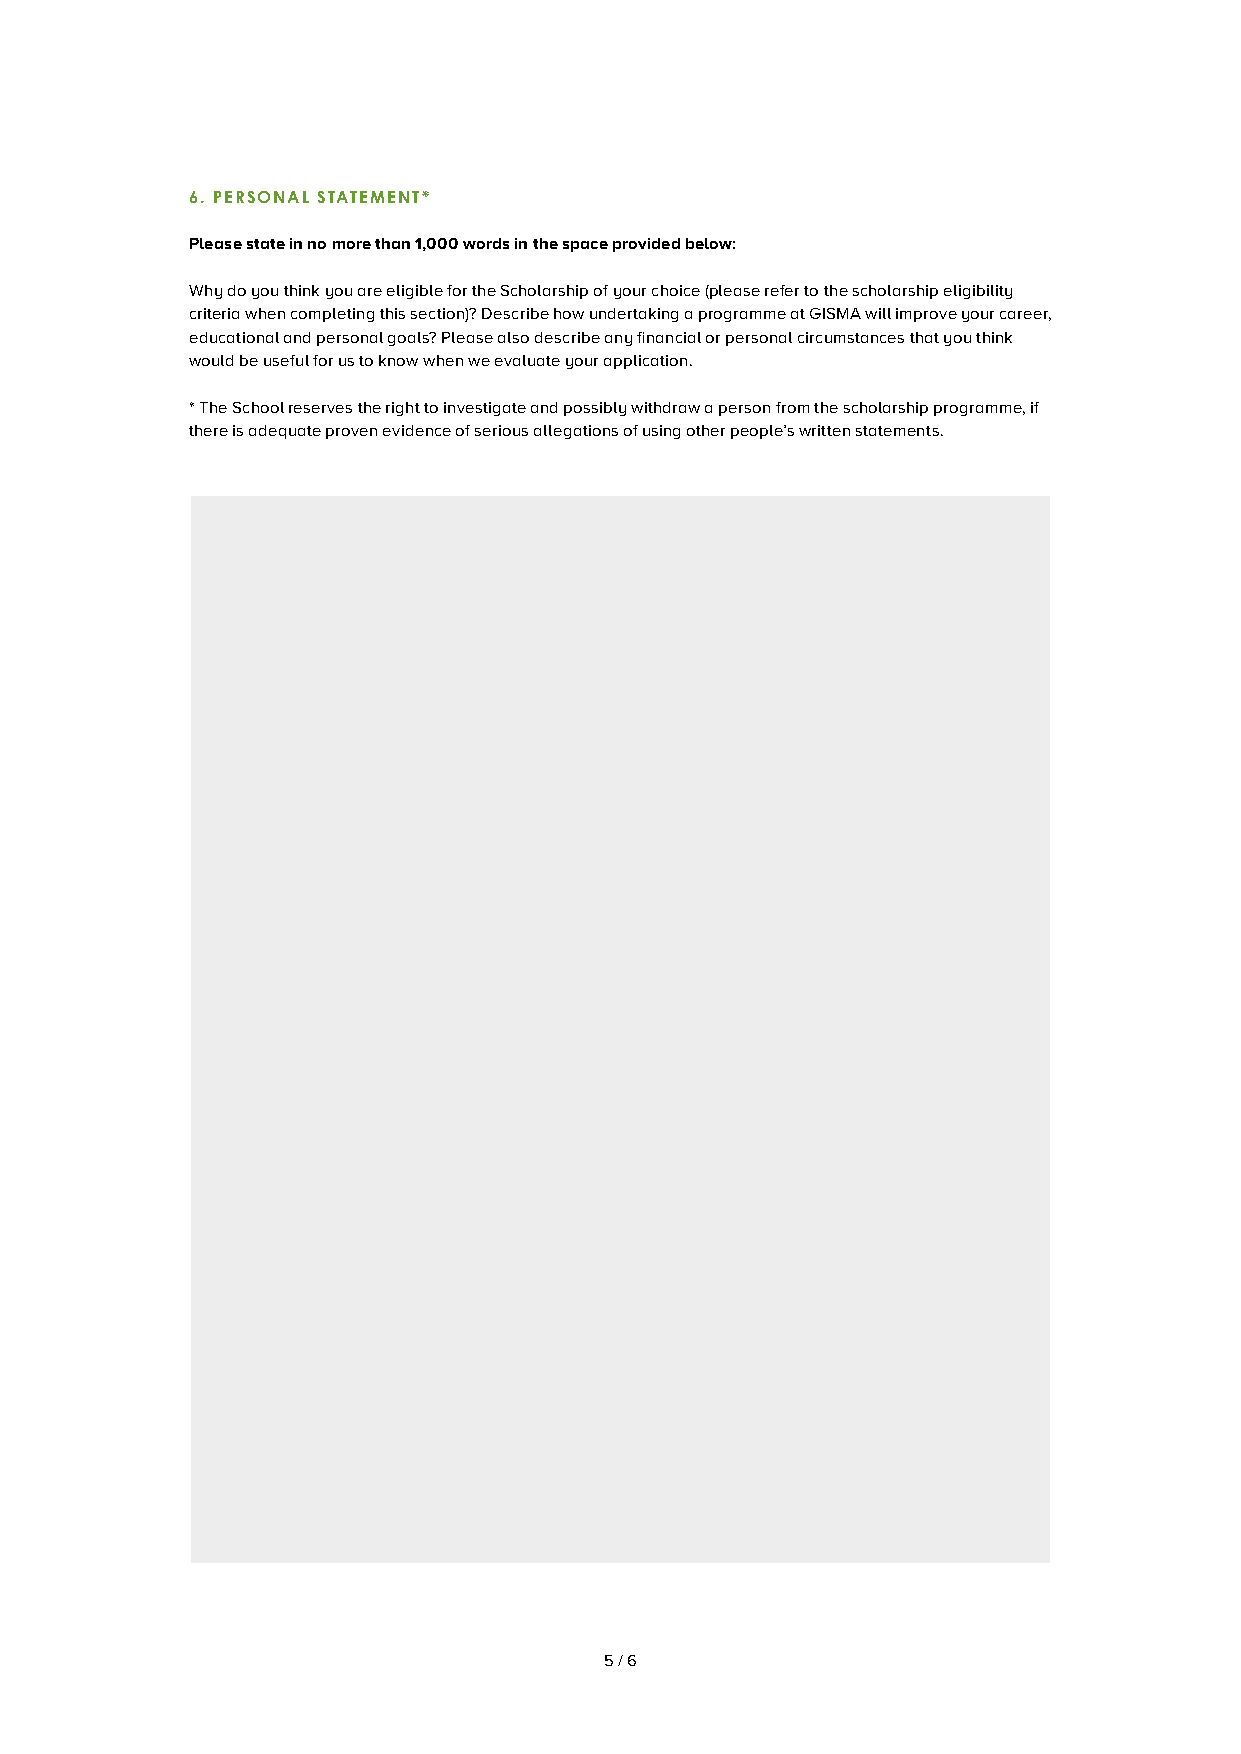
6. PeRSOnAl StAteMent*
 Please state in no more than 1,000 words in the space provided below:
 Why do you think you are eligible for the Scholarship of your choice (please refer to the scholarship eligibility
 criteria when completing this section)? Describe how undertaking a programme at GISMA will improve your career,
 educational and personal goals? Please also describe any financial or personal circumstances that you think
 would be useful for us to know when we evaluate your application.
 * The School reserves the right to investigate and possibly withdraw a person from the scholarship programme, if
 there is adequate proven evidence of serious allegations of using other people’s written statements.
 5 / 6